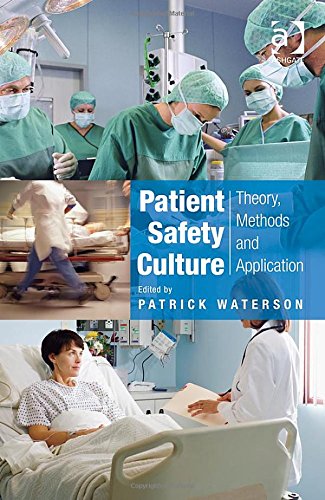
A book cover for Patient Safety Culture: Theory, Methods and Application; Medical Books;